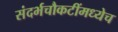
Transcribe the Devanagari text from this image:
संदर्भचौकटींमध्येच